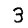
Digit: 3